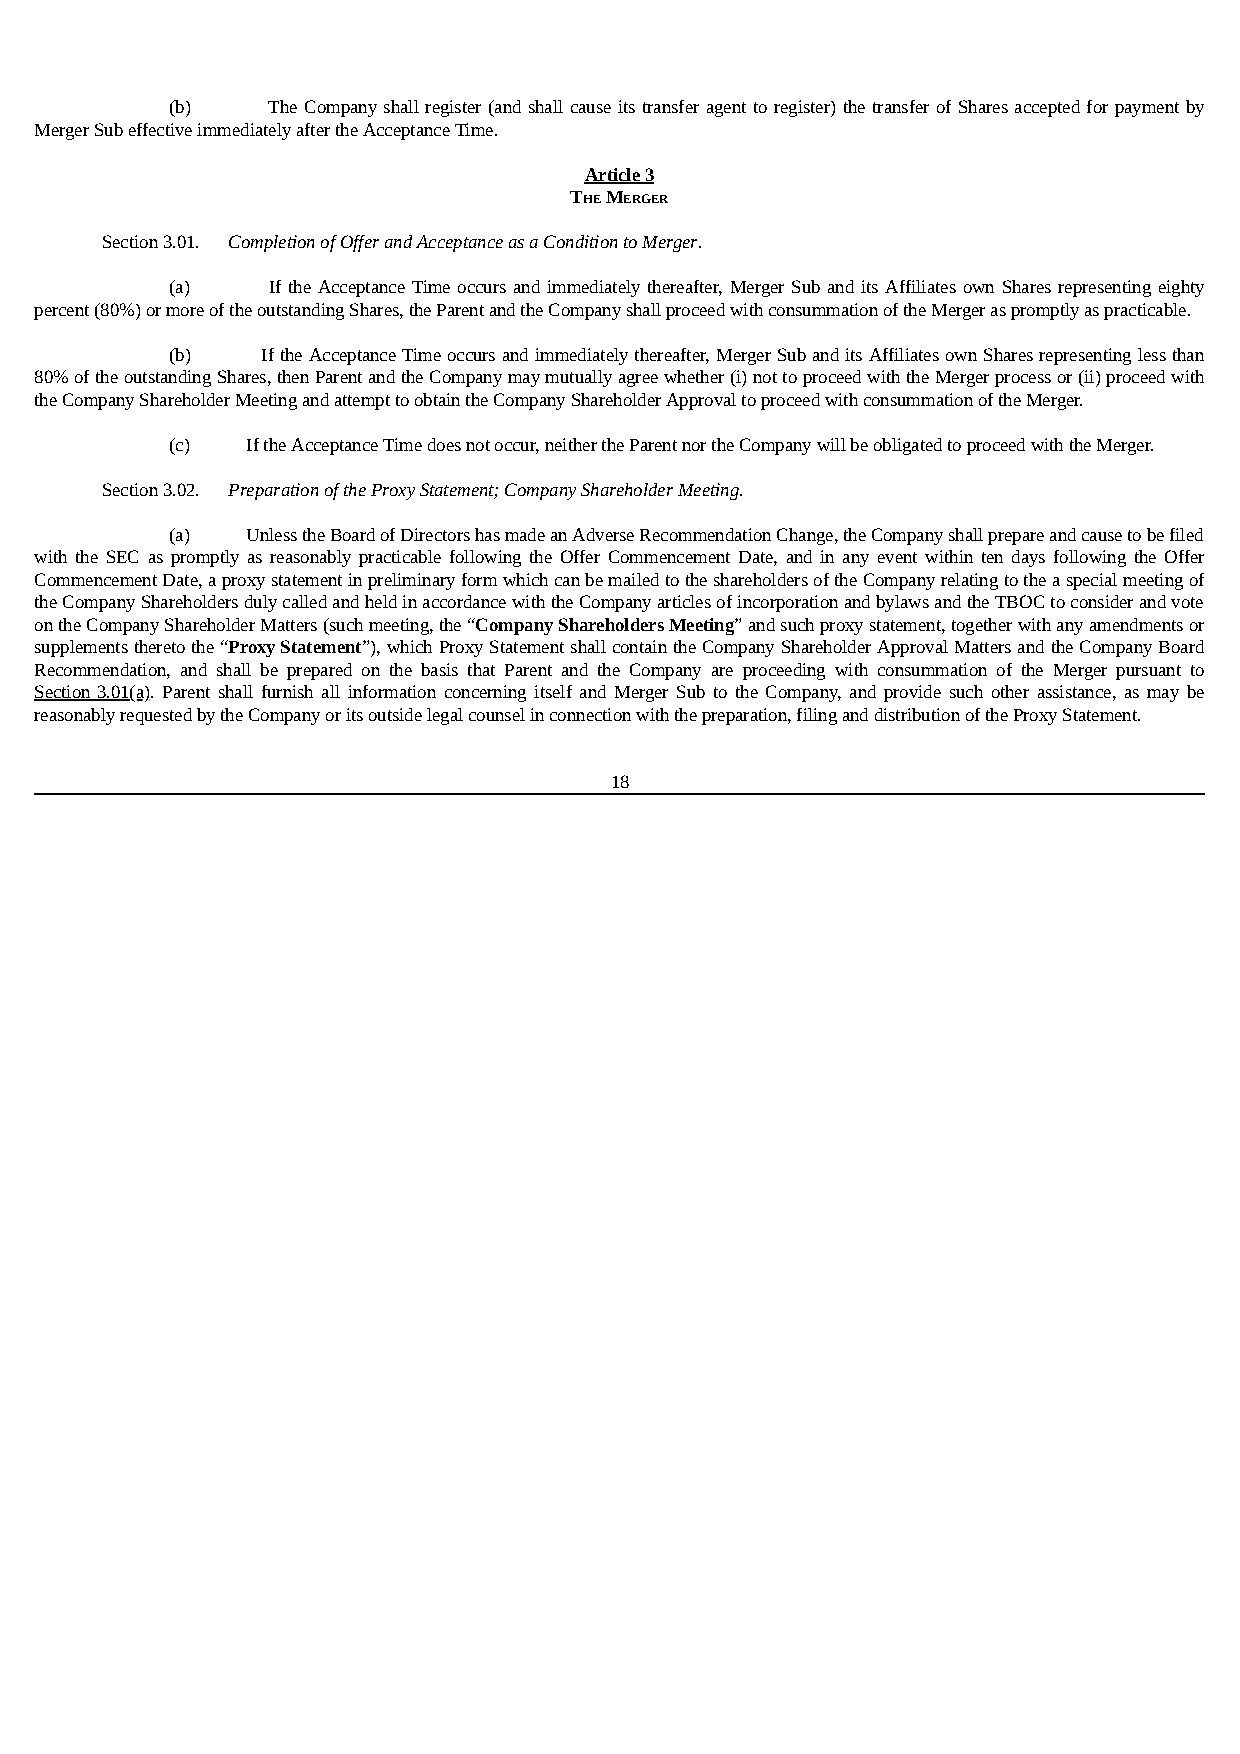
(b)    The Company shall register (and shall cause its transfer agent to register) the transfer of Shares accepted for payment by
 Merger Sub effective immediately after the Acceptance Time.
 Article 3
 THE MERGER
 Section 3.01. Completion of Offer and Acceptance as a Condition to Merger.
 (a)    If the Acceptance Time occurs and immediately thereafter, Merger Sub and its Affiliates own Shares representing eighty
 percent (80%) or more of the outstanding Shares, the Parent and the Company shall proceed with consummation of the Merger as promptly as practicable.
 (b)   If the Acceptance Time occurs and immediately thereafter, Merger Sub and its Affiliates own Shares representing less than
 80% of the outstanding Shares, then Parent and the Company may mutually agree whether (i) not to proceed with the Merger process or (ii) proceed with
 the Company Shareholder Meeting and attempt to obtain the Company Shareholder Approval to proceed with consummation of the Merger.
 (c)  If the Acceptance Time does not occur, neither the Parent nor the Company will be obligated to proceed with the Merger.
 Section 3.02. Preparation of the Proxy Statement; Company Shareholder Meeting.
 (a)  Unless the Board of Directors has made an Adverse Recommendation Change, the Company shall prepare and cause to be filed
 with the SEC as promptly as reasonably practicable following the Offer Commencement Date, and in any event within ten days following the Offer
 Commencement Date, a proxy statement in preliminary form which can be mailed to the shareholders of the Company relating to the a special meeting of
 the Company Shareholders duly called and held in accordance with the Company articles of incorporation and bylaws and the TBOC to consider and vote
 on the Company Shareholder Matters (such meeting, the “Company Shareholders Meeting” and such proxy statement, together with any amendments or
 supplements thereto the “Proxy Statement”), which Proxy Statement shall contain the Company Shareholder Approval Matters and the Company Board
 Recommendation, and shall be prepared on the basis that Parent and the Company are proceeding with consummation of the Merger pursuant to
 Section 3.01(a). Parent shall furnish all information concerning itself and Merger Sub to the Company, and provide such other assistance, as may be
 reasonably requested by the Company or its outside legal counsel in connection with the preparation, filing and distribution of the Proxy Statement.
 18